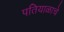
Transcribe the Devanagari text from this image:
पतियाळाचे